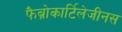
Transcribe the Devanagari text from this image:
फैब्रोकार्टिलेजीनस